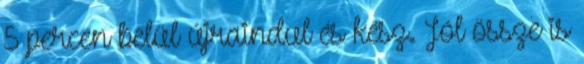
5 percen belül újraindul és kész. Jól össze is